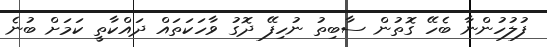
ފުލުހުންނާ ބެހޭ ގޮތުން ސާބިތު ނުހިފޭ ދޮގު ވާހަކަތައް ދައްކާތީ ކަމަށް ބުނެ